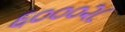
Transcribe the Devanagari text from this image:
६०००२८